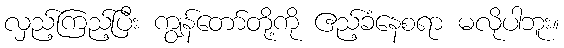
လှည့်ကြည့်ပြီး ကျွန်တော်တို့ကို ဧည့်ခံနေစရာ မလိုပါဘူး။